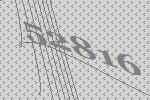
52816